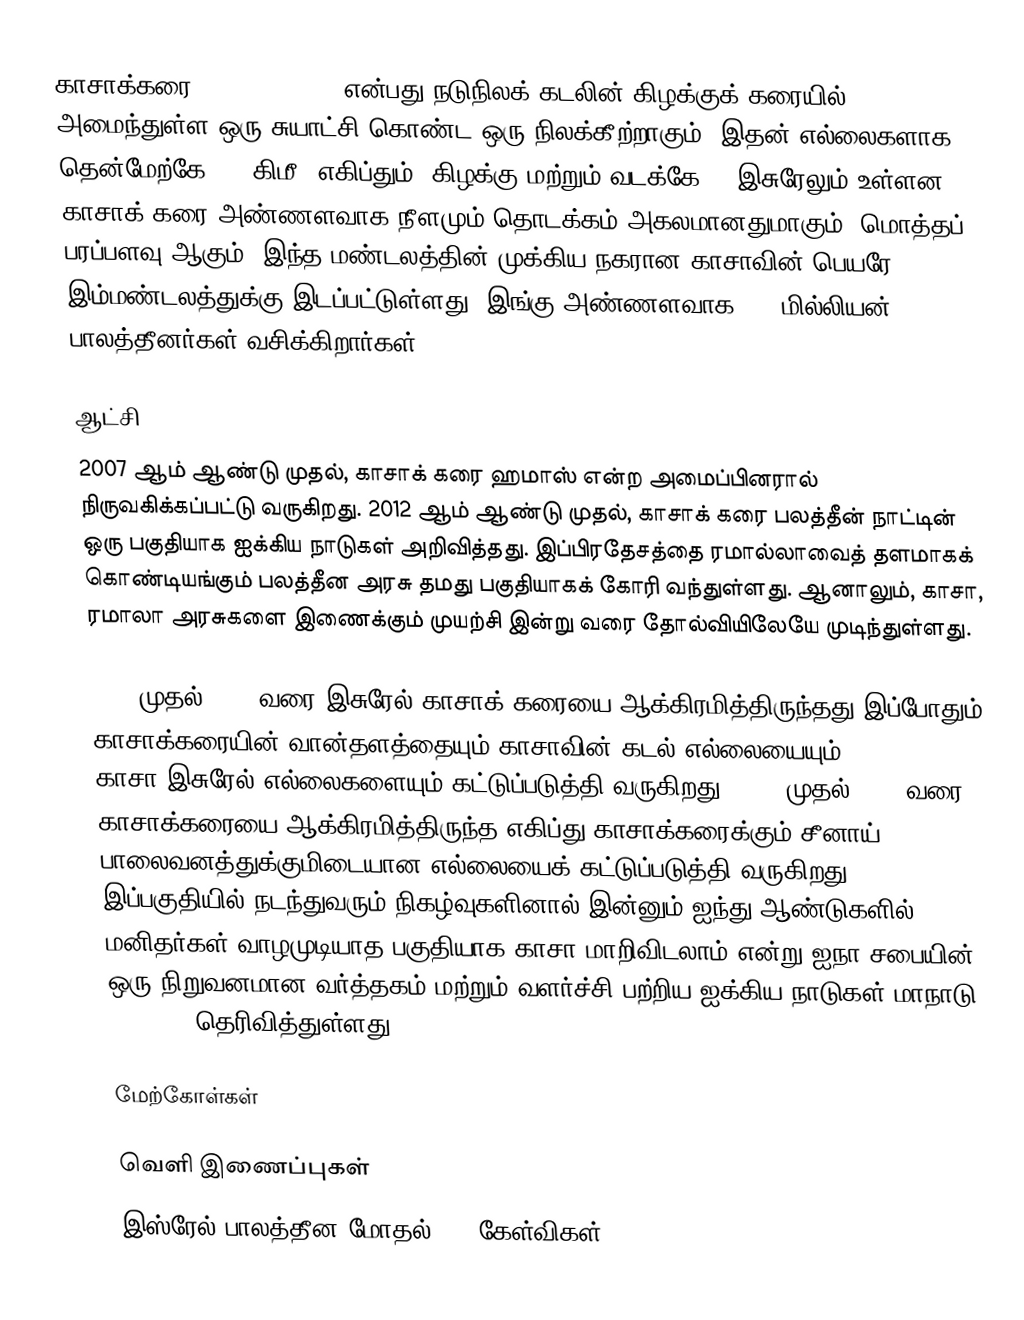
காசாக்கரை (Gaza Strip, ) என்பது நடுநிலக் கடலின் கிழக்குக் கரையில் அமைந்துள்ள ஒரு சுயாட்சி கொண்ட ஒரு நிலக்கீற்றாகும். இதன் எல்லைகளாக தென்மேற்கே (11 கிமீ) எகிப்தும், கிழக்கு மற்றும் வடக்கே () இசுரேலும் உள்ளன. காசாக் கரை அண்ணளவாக  நீளமும்  தொடக்கம்  அகலமானதுமாகும். மொத்தப் பரப்பளவு  ஆகும். இந்த மண்டலத்தின் முக்கிய நகரான காசாவின் பெயரே இம்மண்டலத்துக்கு இடப்பட்டுள்ளது. இங்கு அண்ணளவாக 1.4 மில்லியன் பாலத்தீனர்கள் வசிக்கிறார்கள்.

ஆட்சி
2007 ஆம் ஆண்டு முதல், காசாக் கரை ஹமாஸ் என்ற அமைப்பினரால் நிருவகிக்கப்பட்டு வருகிறது. 2012 ஆம் ஆண்டு முதல், காசாக் கரை பலத்தீன் நாட்டின் ஒரு பகுதியாக ஐக்கிய நாடுகள் அறிவித்தது. இப்பிரதேசத்தை ரமால்லாவைத் தளமாகக் கொண்டியங்கும் பலத்தீன அரசு தமது பகுதியாகக் கோரி வந்துள்ளது. ஆனாலும், காசா, ரமாலா அரசுகளை இணைக்கும் முயற்சி இன்று வரை தோல்வியிலேயே முடிந்துள்ளது.

1967 முதல் 2005 வரை இசுரேல் காசாக் கரையை ஆக்கிரமித்திருந்தது இப்போதும் காசாக்கரையின் வான்தளத்தையும் காசாவின் கடல் எல்லையையும் காசா-இசுரேல் எல்லைகளையும் கட்டுப்படுத்தி வருகிறது. 1948 முதல் 1967 வரை காசாக்கரையை ஆக்கிரமித்திருந்த எகிப்து காசாக்கரைக்கும் சீனாய் பாலைவனத்துக்குமிடையான எல்லையைக் கட்டுப்படுத்தி வருகிறது. இப்பகுதியில் நடந்துவரும் நிகழ்வுகளினால் இன்னும் ஐந்து ஆண்டுகளில் மனிதர்கள் வாழமுடியாத பகுதியாக காசா மாறிவிடலாம் என்று ஐநா சபையின் ஒரு நிறுவனமான வர்த்தகம் மற்றும் வளர்ச்சி பற்றிய ஐக்கிய நாடுகள் மாநாடு (UNCTAD) தெரிவித்துள்ளது.

மேற்கோள்கள்

வெளி இணைப்புகள்
 இஸ்ரேல் பாலத்தீன மோதல்- 10 கேள்விகள்